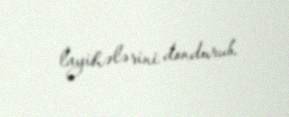
layihələrini dondurub.